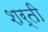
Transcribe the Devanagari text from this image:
शर्ती